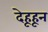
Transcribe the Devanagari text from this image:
देहूहून